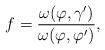
LaTeX: \begin{align*} f = \frac{\omega(\varphi,\gamma')}{\omega(\varphi,\varphi')},\end{align*}